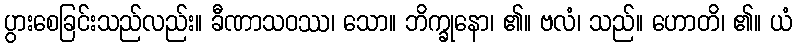
ပွားစေခြင်းသည်လည်း။ ခီဏာသဝဿ၊ သော။ ဘိက္ခုနော၊ ၏။ ဗလံ၊ သည်။ ဟောတိ၊ ၏။ ယံ